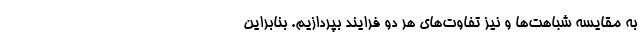
به مقایسه شباهت‌ها و نیز تفاوت‌های هر دو فرایند بپردازیم. بنابراین